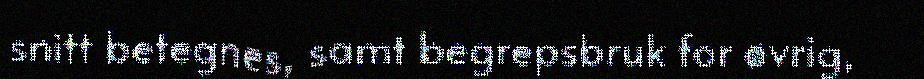
snitt betegnes, samt begrepsbruk for øvrig,